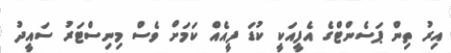
އިރު ތިން ޕަސެންޓްގެ އެފީއަކީ ކުޑަ ފީއެއް ކަމަށް ވެސް މިނިސްޓަރު ސައީދު